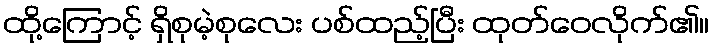
ထို့ကြောင့် ရှိစုမဲ့စုလေး ပစ်ထည့်ပြီး ထုတ်ဝေလိုက်၏။